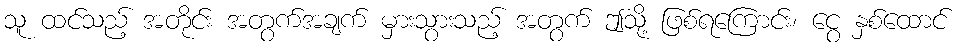
သူ ထင်သည့် အတိုင်း အတွက်အချက် မှားသွားသည့် အတွက် ဤသို့ ဖြစ်ရကြောင်း၊ ငွေ နှစ်ထောင်